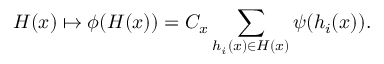
H ( x ) \mapsto \phi ( H ( x ) ) = C _ { x } \sum _ { h _ { i } ( x ) \in H ( x ) } \psi ( h _ { i } ( x ) ) .